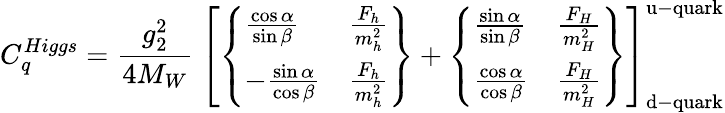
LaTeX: C_{q}^{Higgs}={\frac{g_{2}^{2}}{4M_{W}}}~\left[\left\{ \begin{array}{ll}{{{\frac{\cos\alpha}{\sin\beta}}}}&{{{\frac{F_{h}}{m_{h}^{2}}}}}\\ {{-{\frac{\sin\alpha}{\cos\beta}}}}&{{{\frac{F_{h}}{m_{h}^{2}}}}}\end{array}\right\} +\left\{ \begin{array}{ll}{{{\frac{\sin\alpha}{\sin\beta}}}}&{{{\frac{F_{H}}{m_{H}^{2}}}}}\\ {{{\frac{\cos\alpha}{\cos\beta}}}}&{{{\frac{F_{H}}{m_{H}^{2}}}}}\end{array}\right\} \right]_{\mathrm{d-quark}}^{\mathrm{u-quark}}